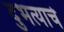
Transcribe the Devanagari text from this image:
दुभत्याचे